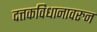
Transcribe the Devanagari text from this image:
दत्तकविधानावरुन